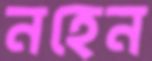
নহেন